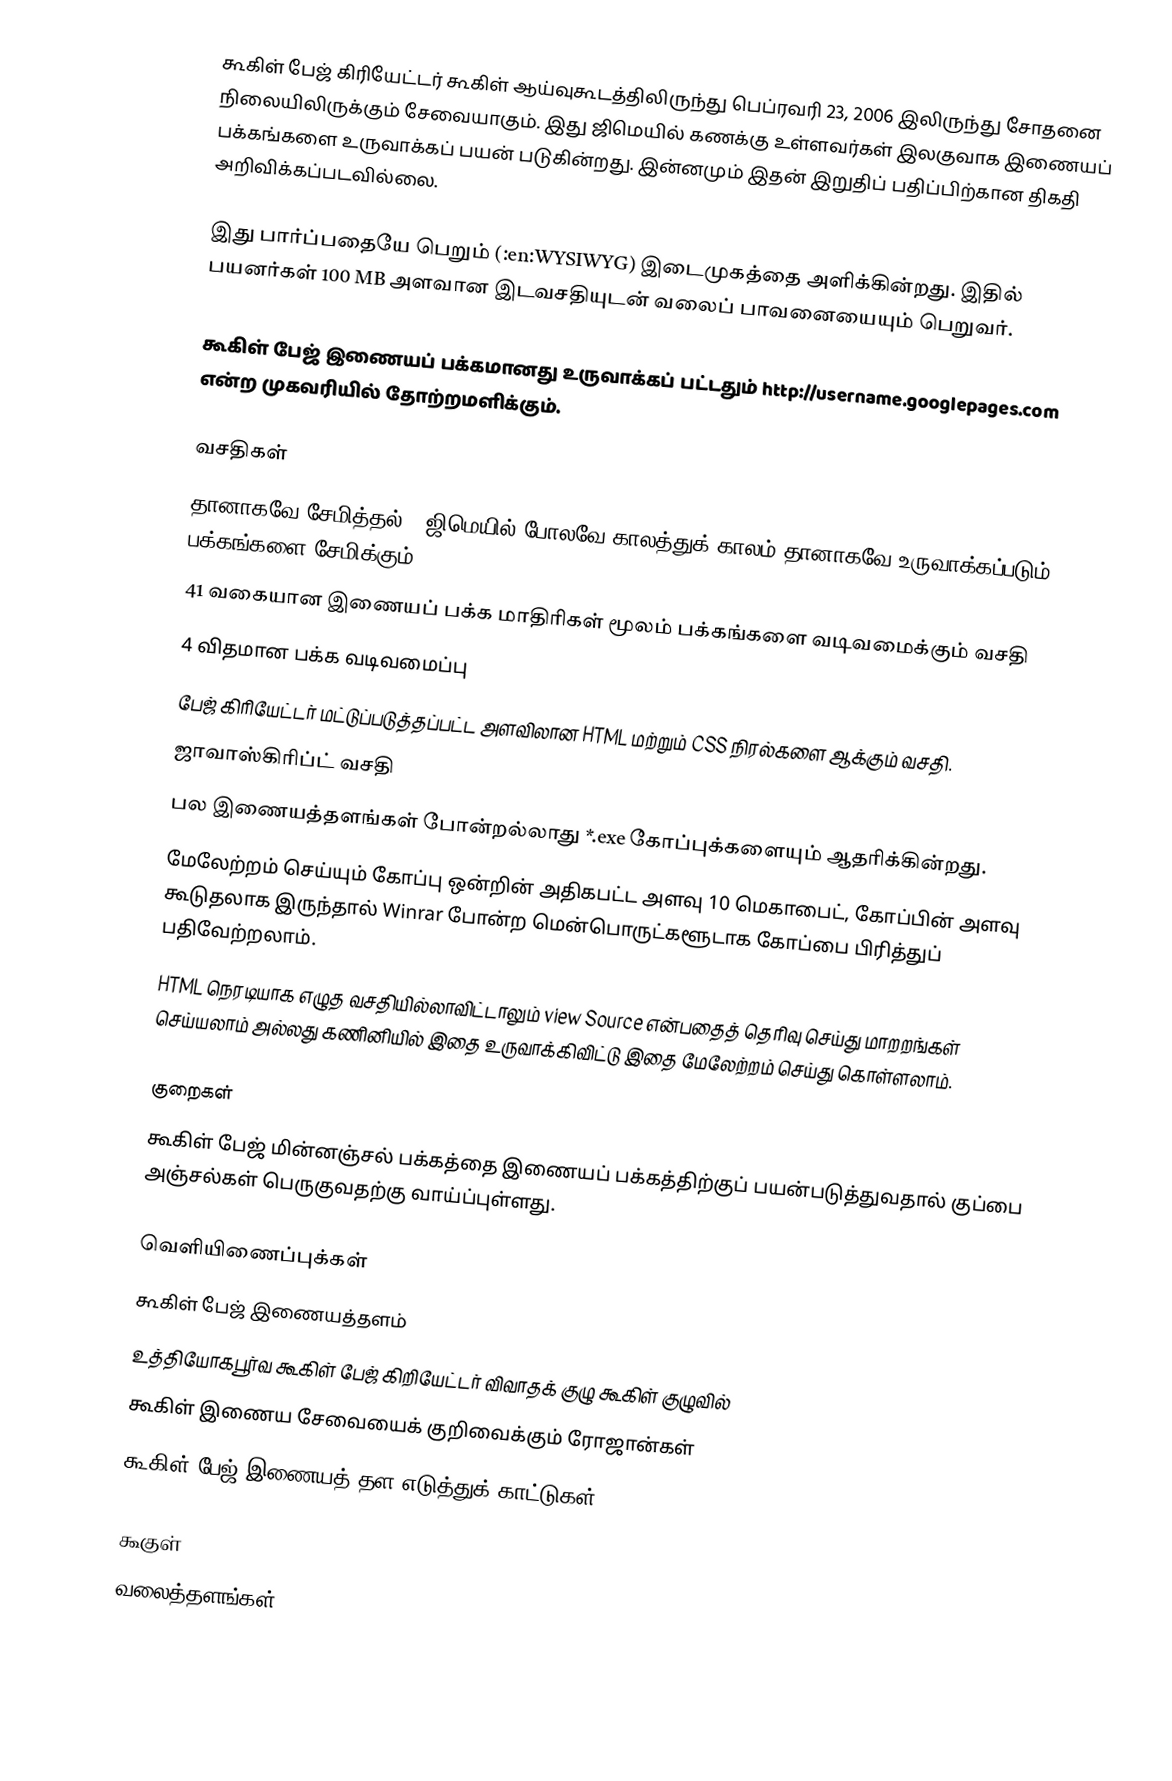
கூகிள் பேஜ் கிரியேட்டர் கூகிள் ஆய்வுகூடத்திலிருந்து பெப்ரவரி 23, 2006 இலிருந்து சோதனை நிலையிலிருக்கும் சேவையாகும். இது ஜிமெயில் கணக்கு உள்ளவர்கள் இலகுவாக இணையப் பக்கங்களை உருவாக்கப் பயன் படுகின்றது. இன்னமும் இதன் இறுதிப் பதிப்பிற்கான திகதி அறிவிக்கப்படவில்லை.

இது பார்ப்பதையே பெறும் (:en:WYSIWYG) இடைமுகத்தை அளிக்கின்றது. இதில் பயனர்கள் 100 MB அளவான இடவசதியுடன் வலைப் பாவனையையும் பெறுவர்.

கூகிள் பேஜ் இணையப் பக்கமானது உருவாக்கப் பட்டதும் http://username.googlepages.com  என்ற முகவரியில் தோற்றமளிக்கும்.

வசதிகள்
தானாகவே சேமித்தல் - ஜிமெயில் போலவே காலத்துக் காலம் தானாகவே உருவாக்கப்படும் பக்கங்களை சேமிக்கும்.
41 வகையான இணையப் பக்க மாதிரிகள் மூலம் பக்கங்களை வடிவமைக்கும் வசதி
4 விதமான பக்க வடிவமைப்பு
பேஜ் கிரியேட்டர் மட்டுப்படுத்தப்பட்ட அளவிலான HTML மற்றும் CSS நிரல்களை ஆக்கும் வசதி.
ஜாவாஸ்கிரிப்ட் வசதி
பல இணையத்தளங்கள் போன்றல்லாது *.exe கோப்புக்களையும் ஆதரிக்கின்றது.
மேலேற்றம் செய்யும் கோப்பு ஒன்றின் அதிகபட்ட அளவு 10 மெகாபைட், கோப்பின் அளவு கூடுதலாக இருந்தால் Winrar போன்ற மென்பொருட்களூடாக கோப்பை பிரித்துப் பதிவேற்றலாம்.
HTML நெரடியாக எழுத வசதியில்லாவிட்டாலும் view Source என்பதைத் தெரிவு செய்து மாறறங்கள் செய்யலாம் அல்லது கணினியில் இதை உருவாக்கிவிட்டு இதை மேலேற்றம் செய்து கொள்ளலாம்.

குறைகள்
கூகிள் பேஜ் மின்னஞ்சல் பக்கத்தை இணையப் பக்கத்திற்குப் பயன்படுத்துவதால் குப்பை அஞ்சல்கள் பெருகுவதற்கு வாய்ப்புள்ளது.

வெளியிணைப்புக்கள்
 கூகிள் பேஜ் இணையத்தளம்
 உத்தியோகபூர்வ கூகிள் பேஜ் கிறியேட்டர் விவாதக் குழு கூகிள் குழுவில்
 கூகிள் இணைய சேவையைக் குறிவைக்கும் ரோஜான்கள்
 கூகிள் பேஜ் இணையத் தள எடுத்துக் காட்டுகள்

கூகுள்
வலைத்தளங்கள்